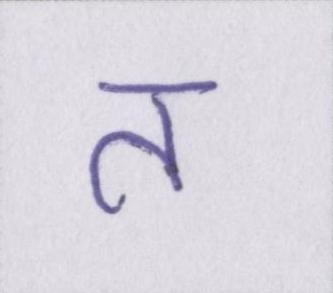
त